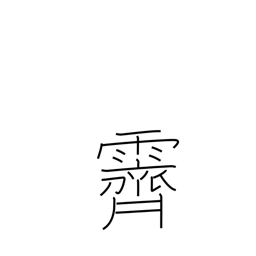
Meaning: clear up